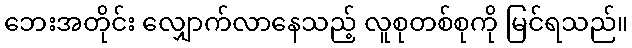
ဘေးအတိုင်း လျှောက်လာနေသည့် လူစုတစ်စုကို မြင်ရသည်။